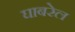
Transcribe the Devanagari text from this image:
घाबरेल